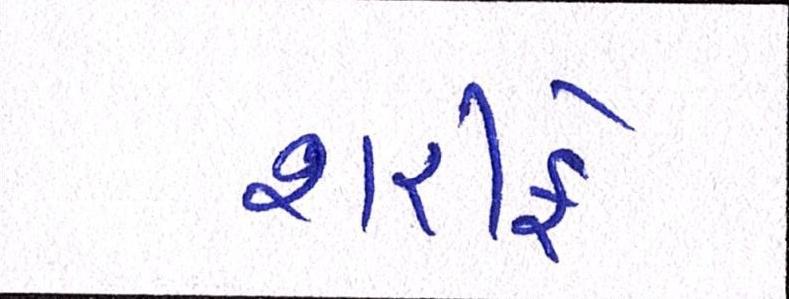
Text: શરીફે